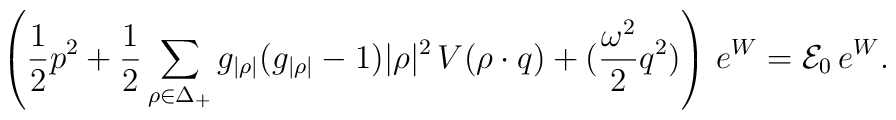
\left({1\over 2} p^{2} + {1\over2}\sum_{\rho\in\Delta_+}   g_{|\rho|}(g_{|\rho|}-1) |\rho|^{2}   \,V(\rho\cdot q)+({\omega^2\over2}q^2)\right)\,e^W={\cal E}_0\,e^W.